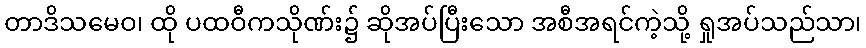
တာဒိသမေဝ၊ ထို ပထဝီကသိုဏ်း၌ ဆိုအပ်ပြီးသော အစီအရင်ကဲ့သို့ ရှုအပ်သည်သာ၊